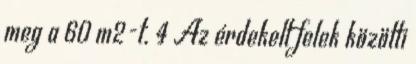
meg a 60 m2-t. 4 Az érdekelt felek közötti